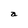
Character: a